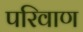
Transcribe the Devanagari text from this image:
परिवाण